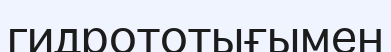
гидрототығымен